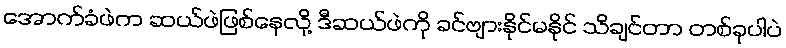
အောက်ခံဖဲက ဆယ်ဖဲဖြစ်နေလို့ ဒီဆယ်ဖဲကို ခင်ဗျားနိုင်မနိုင် သိချင်တာ တစ်ခုပါပဲ